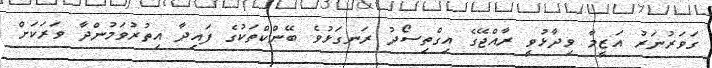
ގަވަރުނަރު އަޒީމާ ވިދާޅުވީ ރާއްޖޭގެ އިގްތިސޯދު ރަނގަޅުވެ ބޭންކްތަކުގެ ފައިދާ އިތުރުވަމުންދާ ވަރަކަށް